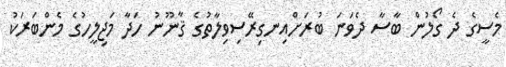
މެސީގެ ދެ ގޯލުން ބާސާ ދެވަނަ ބުރަށްއިނގިރޭސިވިލާތުގެ ޤާނޫނު ހަދާ މަޖިލީހުގެ މެންބަރަކު